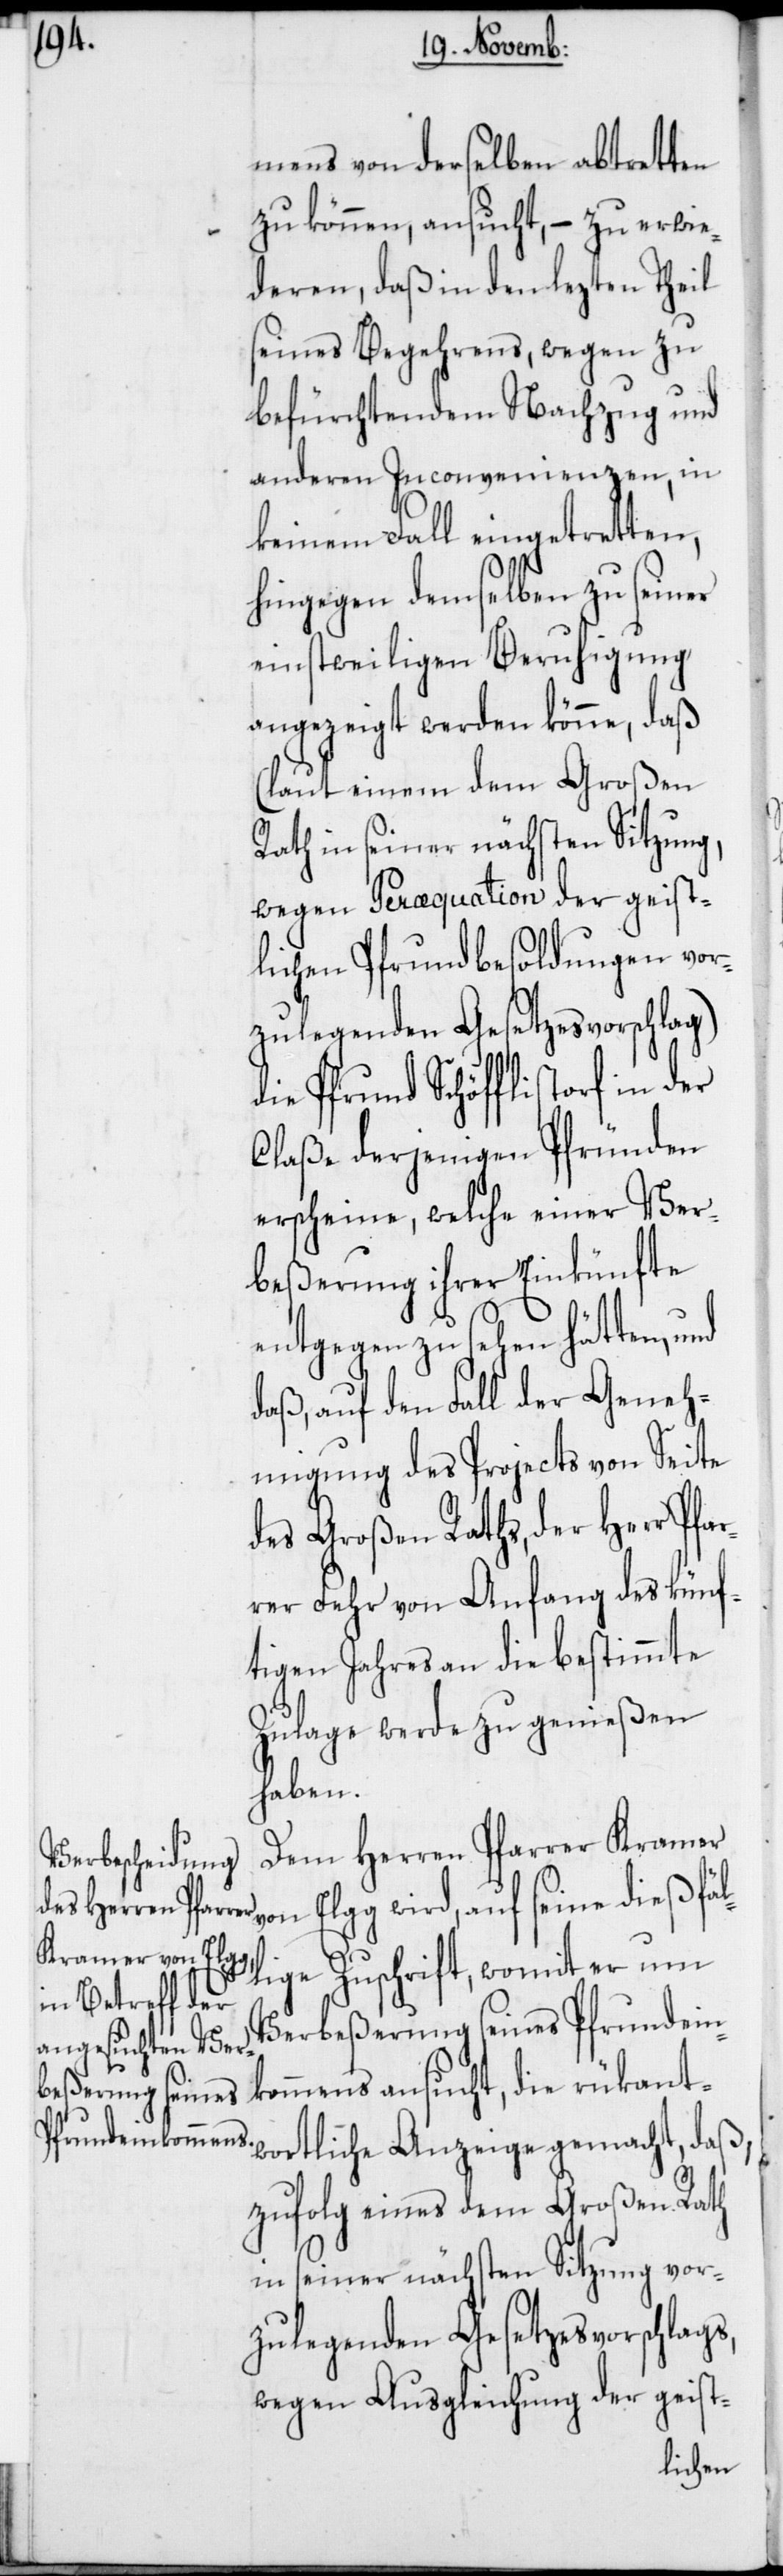
mens von derselben abtretten
zu können, ansucht, – zu erwie¬
lige
deren, daß in den lezten Theil
seines Begehrens, wegen zu
befürchtendem Nachzug und
anderen Inconvenienzen, in
keinem Fall eingetretten,
hingegen demselben zu seiner
einstweiligen Beruhigung
angezeigt werden könne, daß
(laut einem dem Großen
Rath in seiner nächsten Sitzung,
wegen Peræquation der geist¬
lichen Pfrundbesoldungen vor¬
zulegenden Gesetzesvorschlag)
die Pfrund Schöfflistorf in
Claße derjenigen Pfründen
erscheine, welche einer Ver¬
beßerung ihrer Einkünfte
entgegen zu sehen hätten,
daß, auf den Fall der Geneh¬
migung des Projects von Seite
des Großen Raths, der Herr Pfa¬
rer Fehr von Anfang des künf¬
tigen Jahres an die bestimmte
Zulage werde zu genießen
haben.
Dem Herren Pfarrer Kramer
von Elgg wird, auf seine dießfäl¬
Verbeßerung seines Pfrundein¬
kommens ansucht, die rükant¬
wortliche Anzeige gemacht, daß,
zufolg eines dem Großen Rath
in seiner nächsten Sitzung vor¬
zulegenden Gesetzesvorschlags,
wegen Ausgleichung der geist-